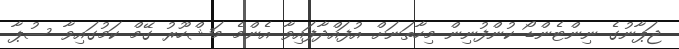
ޖަޕާނުގެ ނިންޓެންޑޯ ކުންފުނިން މިހާތަނަށް އުފައްދާފައިވާ އެންމެ މަޝްހޫރު ގޭމް ކަމުގައިވާ ސުޕާ